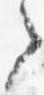
之